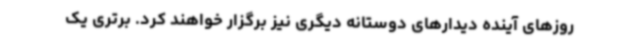
روزهای آینده دیدارهای دوستانه دیگری نیز برگزار خواهند کرد. برتری یک